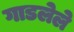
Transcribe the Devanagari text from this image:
गाडलेले